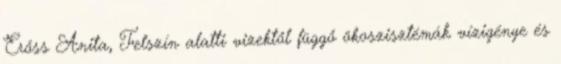
Erőss Anita, Felszín alatti vizektől függő ökoszisztémák vízigénye és